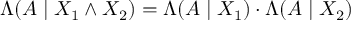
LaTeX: \Lambda ( A \mid X _ { 1 } \land X _ { 2 } ) = \Lambda ( A \mid X _ { 1 } ) \cdot \Lambda ( A \mid X _ { 2 } )